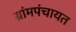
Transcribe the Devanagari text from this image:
ग्रांमपंचायत